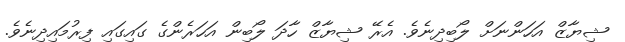
ޝިޔާޒް އަހަންނަށް ލޯބިދިނެވެ. އެރޭ ޝިޔާޒް ހާދަ ލޯބިން އަހަރެންގެ ގައިގައި ފިރުމައިދިނެވެ.